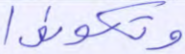
وتكونوا